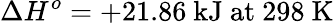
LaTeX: \Delta H^{o}=+21.86\ {\mathrm{kJ~at~298~K}}